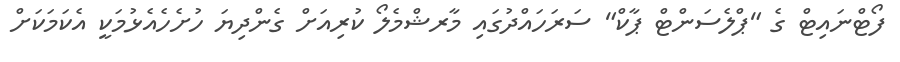
ފޯޓްނައިޓް ގެ "ޕްލެސަންޓް ޕާކް" ސަރަހައްދުގައި މާރޝްމެލޯ ކުރިއަށް ގެންދިޔަ ހުށެހެއެޅުމަކީ އެކަމަކަށް